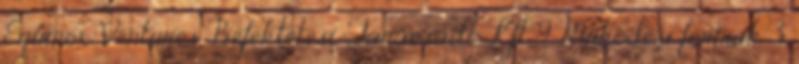
Equinox Ventures Befektetési Tanácsadó Kft. 9. Működési formák 3.